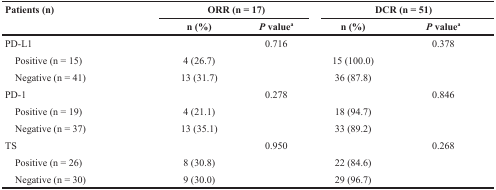
<table><thead><tr><td rowspan="2"><b>Patients (n)</b></td><td colspan="2"><b>ORR (n = 17)</b></td><td colspan="2"><b>DCR (n = 51)</b></td></tr><tr><td><b>n (%)</b></td><td><b><i>P</i> value<sup>a</sup></b></td><td><b>n (%)</b></td><td><b><i>P</i> value<sup>a</sup></b></td></tr></thead><tbody><tr><td>PD-L1</td><td></td><td>0.716</td><td></td><td>0.378</td></tr><tr><td> Positive (n = 15)</td><td>4 (26.7)</td><td></td><td>15 (100.0)</td><td></td></tr><tr><td> Negative (n = 41)</td><td>13 (31.7)</td><td></td><td>36 (87.8)</td><td></td></tr><tr><td>PD-1</td><td></td><td>0.278</td><td></td><td>0.846</td></tr><tr><td> Positive (n = 19)</td><td>4 (21.1)</td><td></td><td>18 (94.7)</td><td></td></tr><tr><td> Negative (n = 37)</td><td>13 (35.1)</td><td></td><td>33 (89.2)</td><td></td></tr><tr><td>TS</td><td></td><td>0.950</td><td></td><td>0.268</td></tr><tr><td> Positive (n = 26)</td><td>8 (30.8)</td><td></td><td>22 (84.6)</td><td></td></tr><tr><td> Negative (n = 30)</td><td>9 (30.0)</td><td></td><td>29 (96.7)</td><td></td></tr></tbody></table>